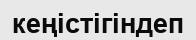
кеңістігіндеп